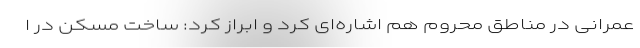
عمرانی در مناطق محروم هم اشاره‌ای کرد و ابراز کرد: ساخت مسکن در ا